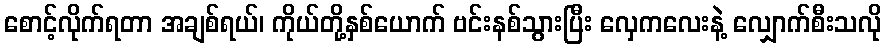
စောင့်လိုက်ရတာ အချစ်ရယ်၊ ကိုယ်တို့နှစ်ယောက် ဗင်းနစ်သွားပြီး လှေကလေးနဲ့ လျှောက်စီးသလို